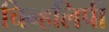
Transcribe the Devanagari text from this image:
चिन्हलिपी